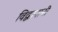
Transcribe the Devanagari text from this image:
विद्वानानी